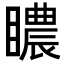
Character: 䁸